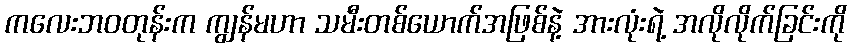
ကလေးဘဝတုန်းက ကျွန်မဟာ သမီးတစ်ယောက်အဖြစ်နဲ့ အားလုံးရဲ့ အလိုလိုက်ခြင်းကို